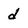
Character: d